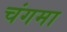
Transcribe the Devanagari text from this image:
चंगमा